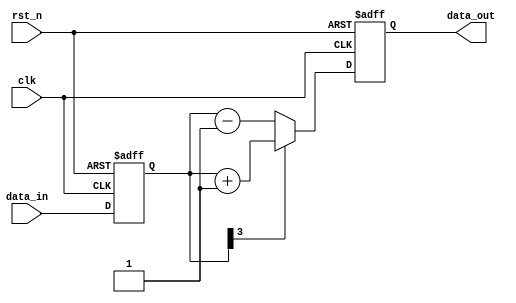
module sequential_logic (
    input wire clk,           // Clock signal
    input wire rst_n,        // Active-low reset signal
    input wire [3:0] data_in, // 4-bit input data
    output reg [3:0] data_out // 4-bit output data
);

// Internal signal declaration
reg [3:0] internal_reg;

// Initial block to define default states
initial begin
    data_out = 4'b0000;  // Initialize output to 0
    internal_reg = 4'b0000; // Initialize internal register to 0
end

// Always block sensitive to the rising edge of the clock or active-low reset
always @(posedge clk or negedge rst_n) begin
    if (!rst_n) begin
        // Asynchronous reset
        data_out <= 4'b0000; // Reset output to 0
        internal_reg <= 4'b0000; // Reset internal register to 0
    end else begin
        // Update internal register based on input data
        internal_reg <= data_in;

        // Conditional logic to determine output based on internal register
        if (internal_reg[3] == 1'b1) begin
            data_out <= internal_reg + 1; // Increment if MSB is 1
        end else begin
            data_out <= internal_reg - 1; // Decrement if MSB is 0
        end
    end
end

endmodule